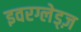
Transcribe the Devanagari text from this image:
इवरग्लेड्ज़